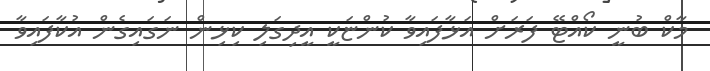
މާކް ބުނީ ކޯއްޓޭ ފަރަށް އަޅާފައިވާ ކުންޏަކީ އީދިގަލި ކިޅިން ނަގައިގެން އުކާފައިވާ